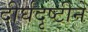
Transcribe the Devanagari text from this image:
दीर्घदृष्टीने